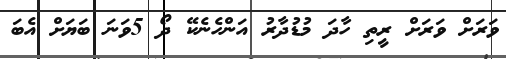
ވަރަށް ވަރަށް ރީތި ހާދަ މުޑުދާރު އަންހެނެކޭ ދޯ 5ވަނަ ބަޔަށް އެބަ